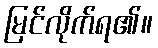
မြင်လိုက်ရ၏။